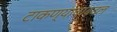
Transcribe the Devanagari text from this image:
टाकण्याचाबदल